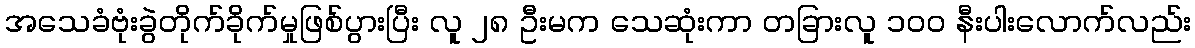
အသေခံဗုံးခွဲတိုက်ခိုက်မှုဖြစ်ပွားပြီး လူ ၂၈ ဦးမက သေဆုံးကာ တခြားလူ ၁၀၀ နီးပါးလောက်လည်း